Vaccination Hyderabad 1890-1903 - 1890-1903
Year: 1890
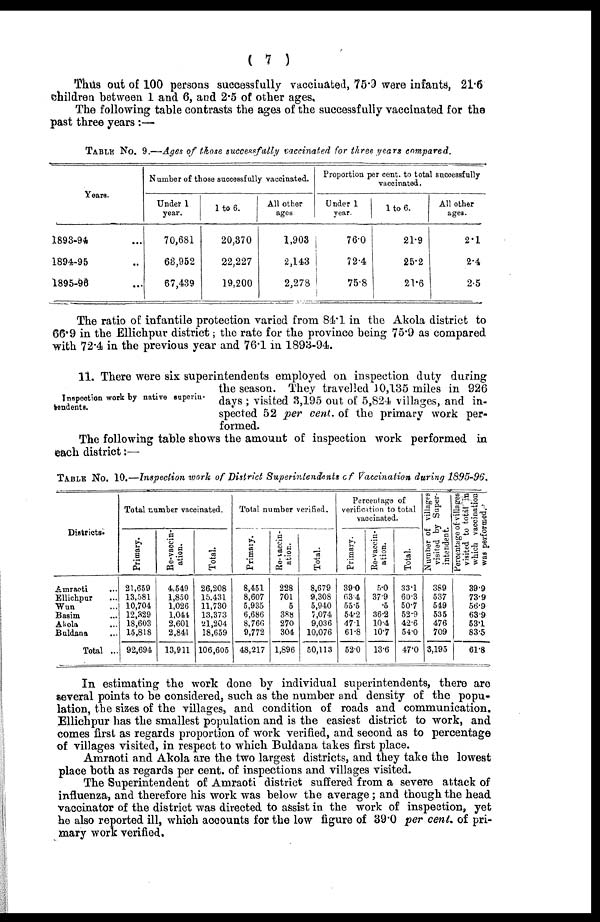
( 7 )
Thus out of 100 persons successfully vaccinated, 75.9 were infants, 21.6
children between 1 and 6, and 2.5 of other ages.
The following table contrasts the ages of the successfully vaccinated for the
past three years:—
TABLE No. 9.—Ages of those successfully vaccinated for three years compared.
Years.
1893-94 ...
1894-95...
1895-96 ...
Number of those successfully vaccinated.
Under 1
year,
70,681
63,952
67,439
1 to 6.
20,370
22,227
19,200
All other
ages.
1,903
2,143
2,278
Proportion per cent. to total successfully
vaccinated.
Under 1
year.
76.0
72.4
75.8
1 to 6.
21.9
25.2
21.6
All other
ages.
2.1
2.4
2.5
The ratio of infantile protection varied from 84.1 in the Akola district to
66.9 in the Ellichpur district; the rate for the province being 75.9 as compared
with 72.4 in the previous year and 76.1 in 1893-94.
Inspection work by native superin-
tendents.
11. There were six superintendents employed on inspection duty during
the season. They travelled 10,135 miles in 926
days ; visited 3,195 out of 5,824 villages, and in-
spected 52 per cent. of the primary work per-
formed.
The following table shows the amount of inspection work performed in
each district :—
TABLE No. 10.—Inspection work of District Superintendents of Vaccination during 1895-96.
Districts.
Amraoti ...
Ellichpur ...
Wun ...
Basim ...
Akola ...
Buldana ...
Total ...
Total number vaccinated.
Primary.
21,659
13,581
10,704
12,329
18,603
15,818
92,694
Re-vaccin¬
ation.
4,549
1,850
1,026
1,044
2,601
2,841
13,911
Total.
26,208
15,431
11,730
13,373
21,204
18,659
106,605
Total number verified.
Primary.
8,451
8,607
5,935
6,686
8,766
9,772
48,217
Re-vaccin-
ation.
228
701
5
388
270
304
1,896
Total.
8,679
9,308
5,940
7,074
9,036
10,076
50,113
Percentage of
verification to total
vaccinated.
Primary.
39.0
63.4
55.5
54.2
47.1
61.8
52.0
Re-vaccin-
ation.
5.0
37.9
.5
36.2
10.4
10.7
13.6
Total.
33.1
60.3
50.7
52.9
42.6
54.0
47.0
Number of villages
visited by Super-
intendent.
389
537
549
535
476
709
3,195
Percentage of villages
visited to total in
which vaccination
was performed.
39.9
73.9
56.9
63.9
53.1
83.5
61.8
In estimating the work done by individual superintendents, there are
several points to be considered, such as the number and density of the popu-
lation, the sizes of the villages, and condition of roads and communication.
Ellichpur has the smallest population and is the easiest district to work, and
comes first as regards proportion of work verified, and second as to percentage
of villages visited, in respect to which Buldana takes first place.
Amraoti and Akola are the two largest districts, and they take the lowest
place both as regards per cent. of inspections and villages visited.
The Superintendent of Amraoti district suffered from a severe attack of
influenza, and therefore his work was below the average; and though the head
vaccinator of the district was directed to assist in the work of inspection, yet
he also reported ill, which accounts for the low figure of 39.0 per cent. of pri-
mary work verified.